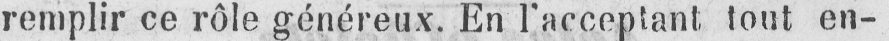
remplir ce rôle généreux. En l’acceptant tout en-